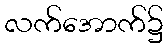
လက်အောက်၌